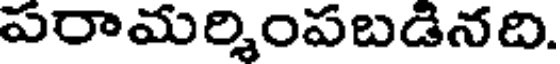
పరామర్శింపబడినది.